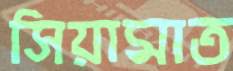
সিয়ামাত